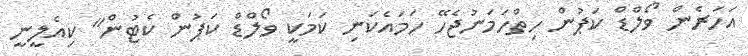
އަހަރެން ވޯލްޑް ކަޕުން ހިތްހަމަނުޖެހޭ ހަމައެކަނި ކަމަކީ ވޯލްޑް ކަޕުން ކެޓުން" ކިއެލީނީ